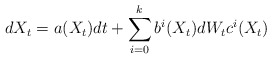
\begin{align*}dX_t=a(X_t)dt+ \sum\limits_{i=0}^k b^i(X_t)dW_tc^i(X_t)\end{align*}